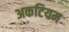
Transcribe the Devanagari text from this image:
अकटियम